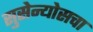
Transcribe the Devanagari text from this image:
सुसेन्योसचा